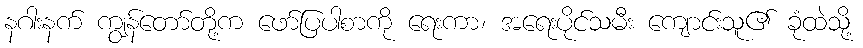
နဂါးနက် ကျွန်တော်တို့က ဖော်ပြပါစာကို ရေးကာ၊ အရေးပိုင်သမီး ကျောင်းသူ၏ ခုံထဲသို့